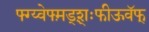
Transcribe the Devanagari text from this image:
फ्ग्य्वेफ्म़ड्श़़्ःफीऊवॅफ्